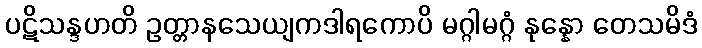
ပဋိသန္ဒဟတိ ဥတ္တာနသေယျကဒါရကောပိ မဂ္ဂါမဂ္ဂံ နုန္နော တေသမိဒံ